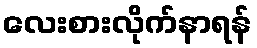
လေးစားလိုက်နာရန်